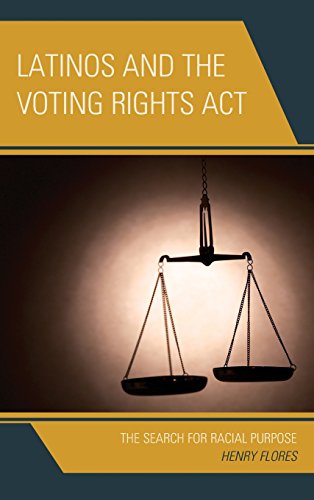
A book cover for Latinos and the Voting Rights Act: The Search for Racial Purpose; Henry Flores; Law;